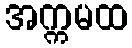
အက္ကမထ